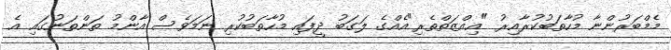
މެމްބަރުންނާ މުހާތަބުކުރާއިރު "އިއްޒަތްތެރި"އެއްގެ ލަގަބު ދީފައި މުހާތަބުކުރި ނަމަވެސް އާންމު ތަންތަނުގައި އެ